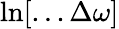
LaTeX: \ln[...\Delta\omega]